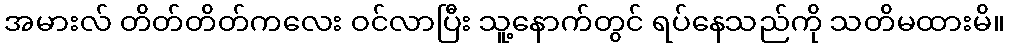
အမားလ် တိတ်တိတ်ကလေး ဝင်လာပြီး သူ့နောက်တွင် ရပ်နေသည်ကို သတိမထားမိ။